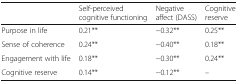
<table><thead><tr><td></td><td><b>Self-perceived cognitive functioning</b></td><td><b>Negative affect (DASS)</b></td><td><b>Cognitive reserve</b></td></tr></thead><tbody><tr><td>Purpose in life</td><td>0.21**</td><td>−0.32**</td><td>0.25**</td></tr><tr><td>Sense of coherence</td><td>0.24**</td><td>−0.40**</td><td>0.18**</td></tr><tr><td>Engagement with life</td><td>0.18**</td><td>−0.30**</td><td>0.24**</td></tr><tr><td>Cognitive reserve</td><td>0.14**</td><td>−0.12**</td><td>–</td></tr></tbody></table>